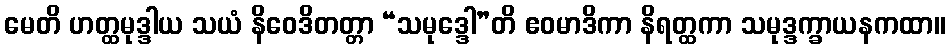
မေတိ ဟတ္ထမုဒ္ဒါယ သယံ နိဝေဒိတတ္တာ “သမုဒ္ဒေါ”တိ ဧဝမာဒိကာ နိရတ္ထကာ သမုဒ္ဒက္ခာယနကထာ။